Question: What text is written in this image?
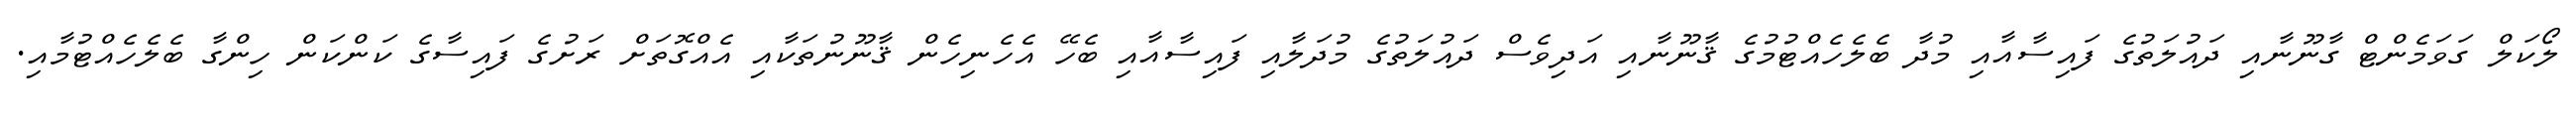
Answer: ލޯކަލް ގަވަމެންޓް ގާނޫނާއި ދައުލަތުގެ ފައިސާއާއި މުދާ ބެލެހެއްޓުމުގެ ޤާނޫނާއި އަދިވެސް ދައުލަތުގެ މުދަލާއި ފައިސާއާއި ބެހޭ އެހެނިހެން ޤާނޫނުތަކާއި އެއްގޮތަށް ރަށުގެ ފައިސާގެ ކަންކަން ހިންގާ ބެލެހެއްޓުމާއި.